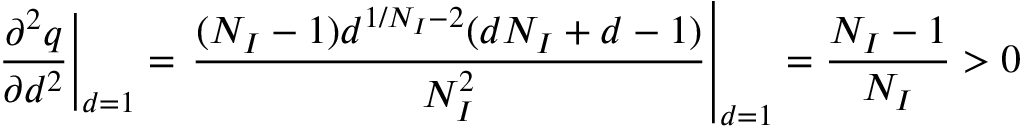
\left. \frac { \partial ^ { 2 } q } { \partial d ^ { 2 } } \right| _ { d = 1 } = \left. \frac { ( N _ { I } - 1 ) d ^ { 1 / N _ { I } - 2 } ( d N _ { I } + d - 1 ) } { N _ { I } ^ { 2 } } \right| _ { d = 1 } = \frac { N _ { I } - 1 } { N _ { I } } > 0